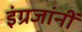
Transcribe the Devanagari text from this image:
इंग्रजांनीं